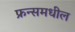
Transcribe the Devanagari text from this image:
फ्रन्समधील